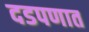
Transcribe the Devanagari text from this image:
दडपणात